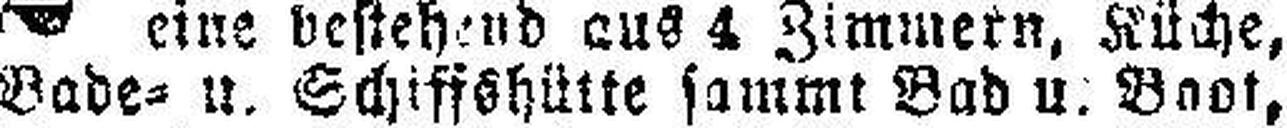
Bade= u. Schiffshütte sammt Bad u. Boot,